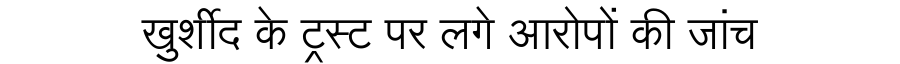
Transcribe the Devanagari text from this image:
खुर्शीद के ट्रस्ट पर लगे आरोपों की जांच